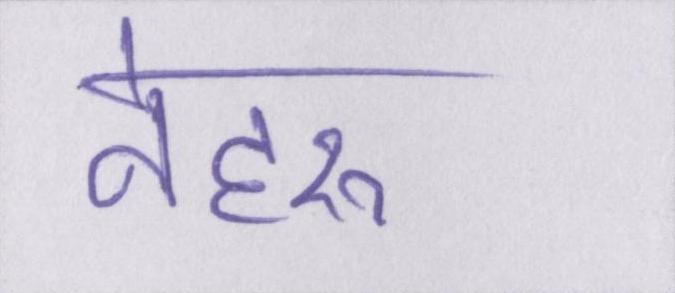
नेहरू